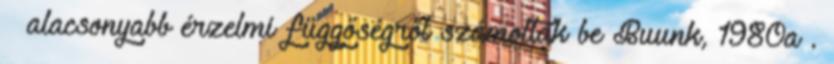
– alacsonyabb érzelmi függőségről számoltak be Buunk, 1980a .